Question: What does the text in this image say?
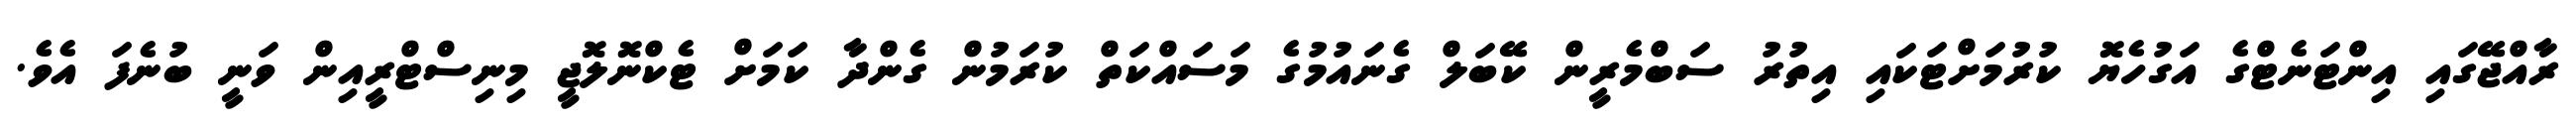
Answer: ރާއްޖޭގައި އިންޓަނެޓްގެ އަގުހެޔޮ ކުރުމަށްޓަކައި އިތުރު ސަބްމެރީން ކޭބަލް ގެނައުމުގެ މަސައްކަތް ކުރަމުން ގެންދާ ކަމަށް ޓެކްނޮލޮޖީ މިނިސްޓްރީއިން ވަނީ ބުނެފަ އެވެ.